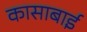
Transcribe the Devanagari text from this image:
कासाबाई